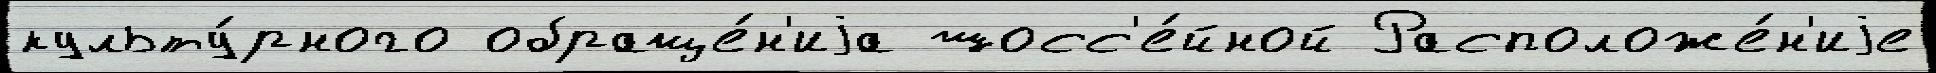
культу́рного обраще́н'иjа шосс'е́йной Расположе́н'иjе